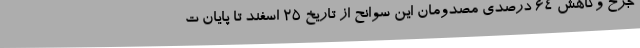
جرح وکاهش 64 درصدی مصدومان این سوانح از تاریخ 25 اسفند تا پایان ت